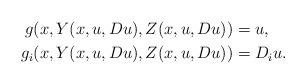
LaTeX: \begin{align*} g(x,Y(x,u,Du),Z(x,u,Du)) &= u,\\ g_{i}(x,Y(x,u,Du),Z(x,u,Du)) &= D_iu.\end{align*}